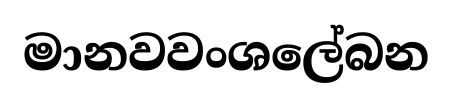
මානවවංශලේබන